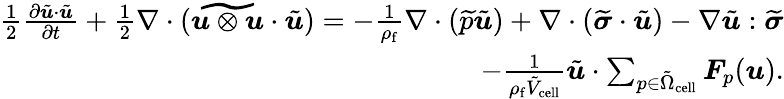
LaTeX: \begin{array}{r}{\frac{1}{2}\frac{\partial\tilde{\boldsymbol{u}}\cdot\tilde{\boldsymbol{u}}}{\partial t}+\frac{1}{2}\nabla\cdot(\widetilde{\boldsymbol{u}\otimes\boldsymbol{u}}\cdot\tilde{\boldsymbol{u}})=-\frac{1}{\rho_{\mathrm{f}}}\nabla\cdot(\widetilde{p}\tilde{\boldsymbol{u}})+\nabla\cdot(\widetilde{\boldsymbol{\sigma}}\cdot\tilde{\boldsymbol{u}})-\nabla\tilde{\boldsymbol{u}}:\widetilde{\boldsymbol{\sigma}}}\\ {-\frac{1}{\rho_{\mathrm{f}}\tilde{V}_{\mathrm{cell}}}\tilde{\boldsymbol{u}}\cdot\sum_{p\in\tilde{\Omega}_{\mathrm{cell}}}\boldsymbol{F}_{p}(\boldsymbol{u}).}\end{array}